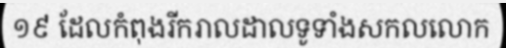
១៩ ដែលកំពុងរីករាលដាលទូទាំងសកលលោក